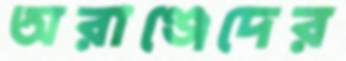
অরাঞ্জেদের